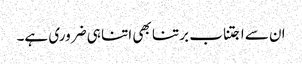
ان سے اجتناب برتنا بھی اتنا ہی ضروری ہے۔